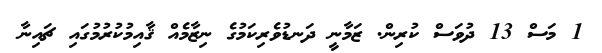
1 މަސް 13 ދުވަސް ކުރިން. ޒަމާނީ ދަނޑުވެރިކަމުގެ ނިޒާމެއް ޤާއިމުކުރުމުގައި ޗައިނާ